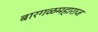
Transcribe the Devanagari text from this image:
बारगळमहाराज